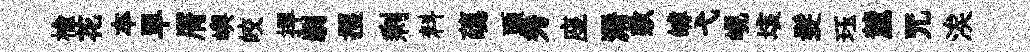
榆花夲旱屑嶼皎捍劘攫剩料蘤頭秀座漘敷罅弋峴垓髮珏麓咒涘